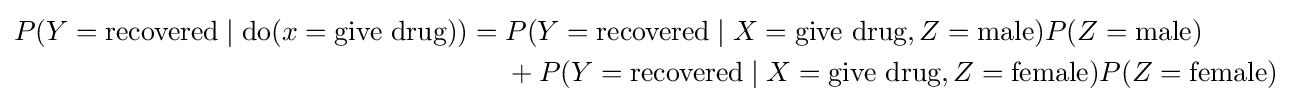
{\begin{aligned}P(Y={\text{recovered}}\mid {\text{do}}(x={\text{give drug}}))={}&P(Y={\text{recovered}}\mid X={\text{give drug}},Z={\text{male}})P(Z={\text{male}})\\&{}+P(Y={\text{recovered}}\mid X={\text{give drug}},Z={\text{female}})P(Z={\text{female}})\end{aligned}}